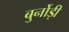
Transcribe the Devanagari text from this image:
बुर्नोड़ी